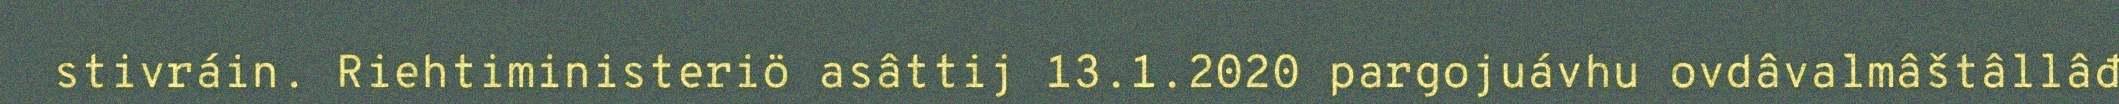
stivráin. Riehtiministeriö asâttij 13.1.2020 pargojuávhu ovdâvalmâštâllâđ